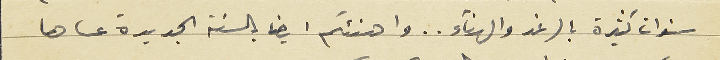
سنوات كثيرة بالرغد والهناء.. واهنئكم ايضا بالسنة الجديدة عساها